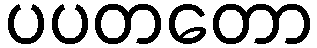
ပပတတော